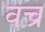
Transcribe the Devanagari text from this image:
वच्र